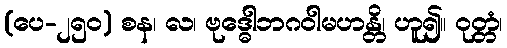
(ပေ-၂၅၀) စန၊ လ၊ ဗုဒ္ဓေါဘဂဝါမဟန္တိ၊ ဟူ၍။ ဝုတ္တံ၊